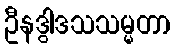
ဦနဒွါဒသသမ္မတာ